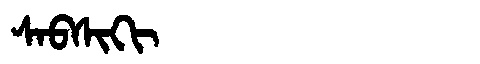
Manchu: ᠰᠠᠪᠰᡳᡴᡳ
Romanization: SABSIKI